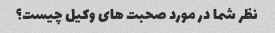
نظر شما در مورد صحبت های وکیل چیست؟